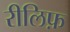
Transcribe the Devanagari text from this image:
रीलिफ़